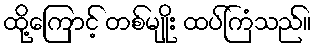
ထို့ကြောင့် တစ်မျိုး ထပ်ကြံသည်။